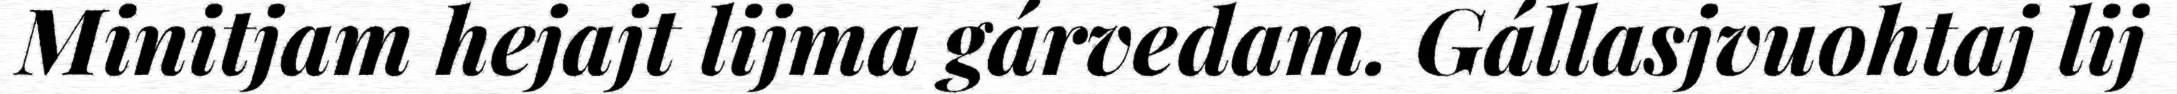
Minitjam hejajt lijma gárvedam. Gállasjvuohtaj lij